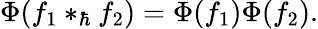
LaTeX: \Phi(f_{1}\ast_{\hbar}f_{2})=\Phi(f_{1})\Phi(f_{2}).